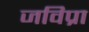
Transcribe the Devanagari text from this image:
जविप्रा